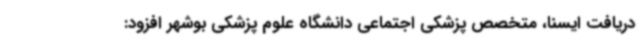
دریافت ایسنا، متخصص پزشکی اجتماعی دانشگاه علوم پزشکی بوشهر افزود: